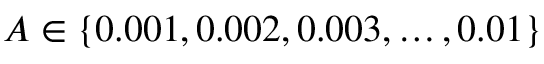
A \in \left\{ 0 . 0 0 1 , 0 . 0 0 2 , 0 . 0 0 3 , \ldots , 0 . 0 1 \right\}